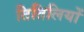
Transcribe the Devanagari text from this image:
तितिलियों